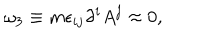
\omega _ { 3 } \equiv m \epsilon _ { i j } \partial ^ { i } A ^ { j } \approx 0 ,